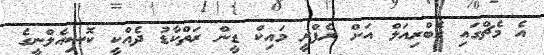
އެ މެޗްގައި ގެބްރިއަލް އަށް ރެފްރީ މައިކް ޑީން ރަތްކާޑު ދެއްކީ ކޮސިއެލްނީގެ